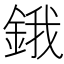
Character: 鋨